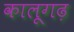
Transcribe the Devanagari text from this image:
कालूगढ़